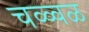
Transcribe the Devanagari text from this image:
चळ्वळ